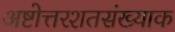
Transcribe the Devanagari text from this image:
अष्टोत्तरशतसंख्याक